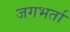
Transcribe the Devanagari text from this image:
जगभर्ता